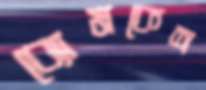
ব্যোমকেশ